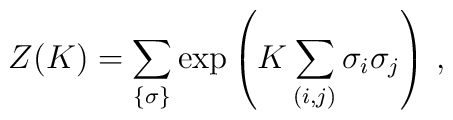
Z(K) = \sum_{\{\sigma\}} \exp \left( K \sum_{(i,j)} \sigma_{i}\sigma_{j}	\right) \, ,